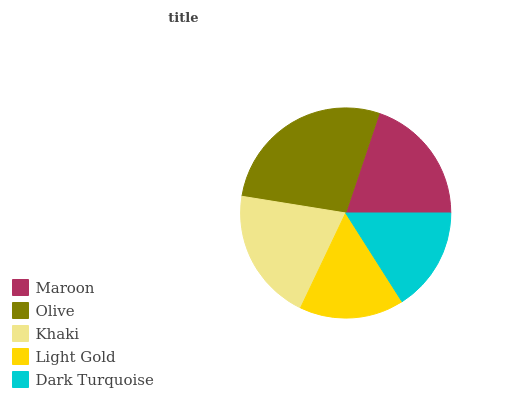
| Maroon | Olive | Khaki | Light Gold | Dark Turquoise |
 | --- | --- | --- | --- | --- |
 | 19.8% | 27.6% | 20.5% | 16% | 16% |